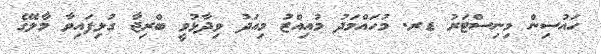
ހައުސިން މިނިސްޓަރު ޑރ. މުހައްމަދު މުއިއްޒު މިއަދު ވިދާޅުވީ ބްރިޖާ ގުޅިފައިވާ މާލޭގެ